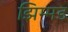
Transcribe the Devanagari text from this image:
झिम्मड